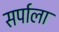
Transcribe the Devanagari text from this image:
सर्पाला